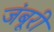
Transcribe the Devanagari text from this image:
जंबूरी